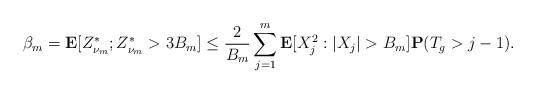
LaTeX: \begin{align*} \beta_m=\mathbf{E}[Z^*_{\nu_m};Z^*_{\nu_m}> 3B_m]\leq\frac{2}{B_m}\sum_{j=1}^m \mathbf{E}[X_j^2:|X_j|>B_m]\mathbf{P}(T_g>j-1).\end{align*}